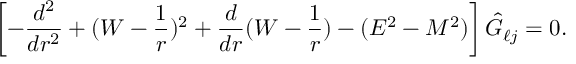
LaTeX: \left[ - { \frac { d ^ { 2 } } { d r ^ { 2 } } } + ( W - { \frac { 1 } { r } } ) ^ { 2 } + \frac { d } { d r } ( W - { \frac { 1 } { r } } ) - ( E ^ { 2 } - M ^ { 2 } ) \right] \hat { G } _ { \ell j } = 0 .